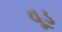
વૂડ